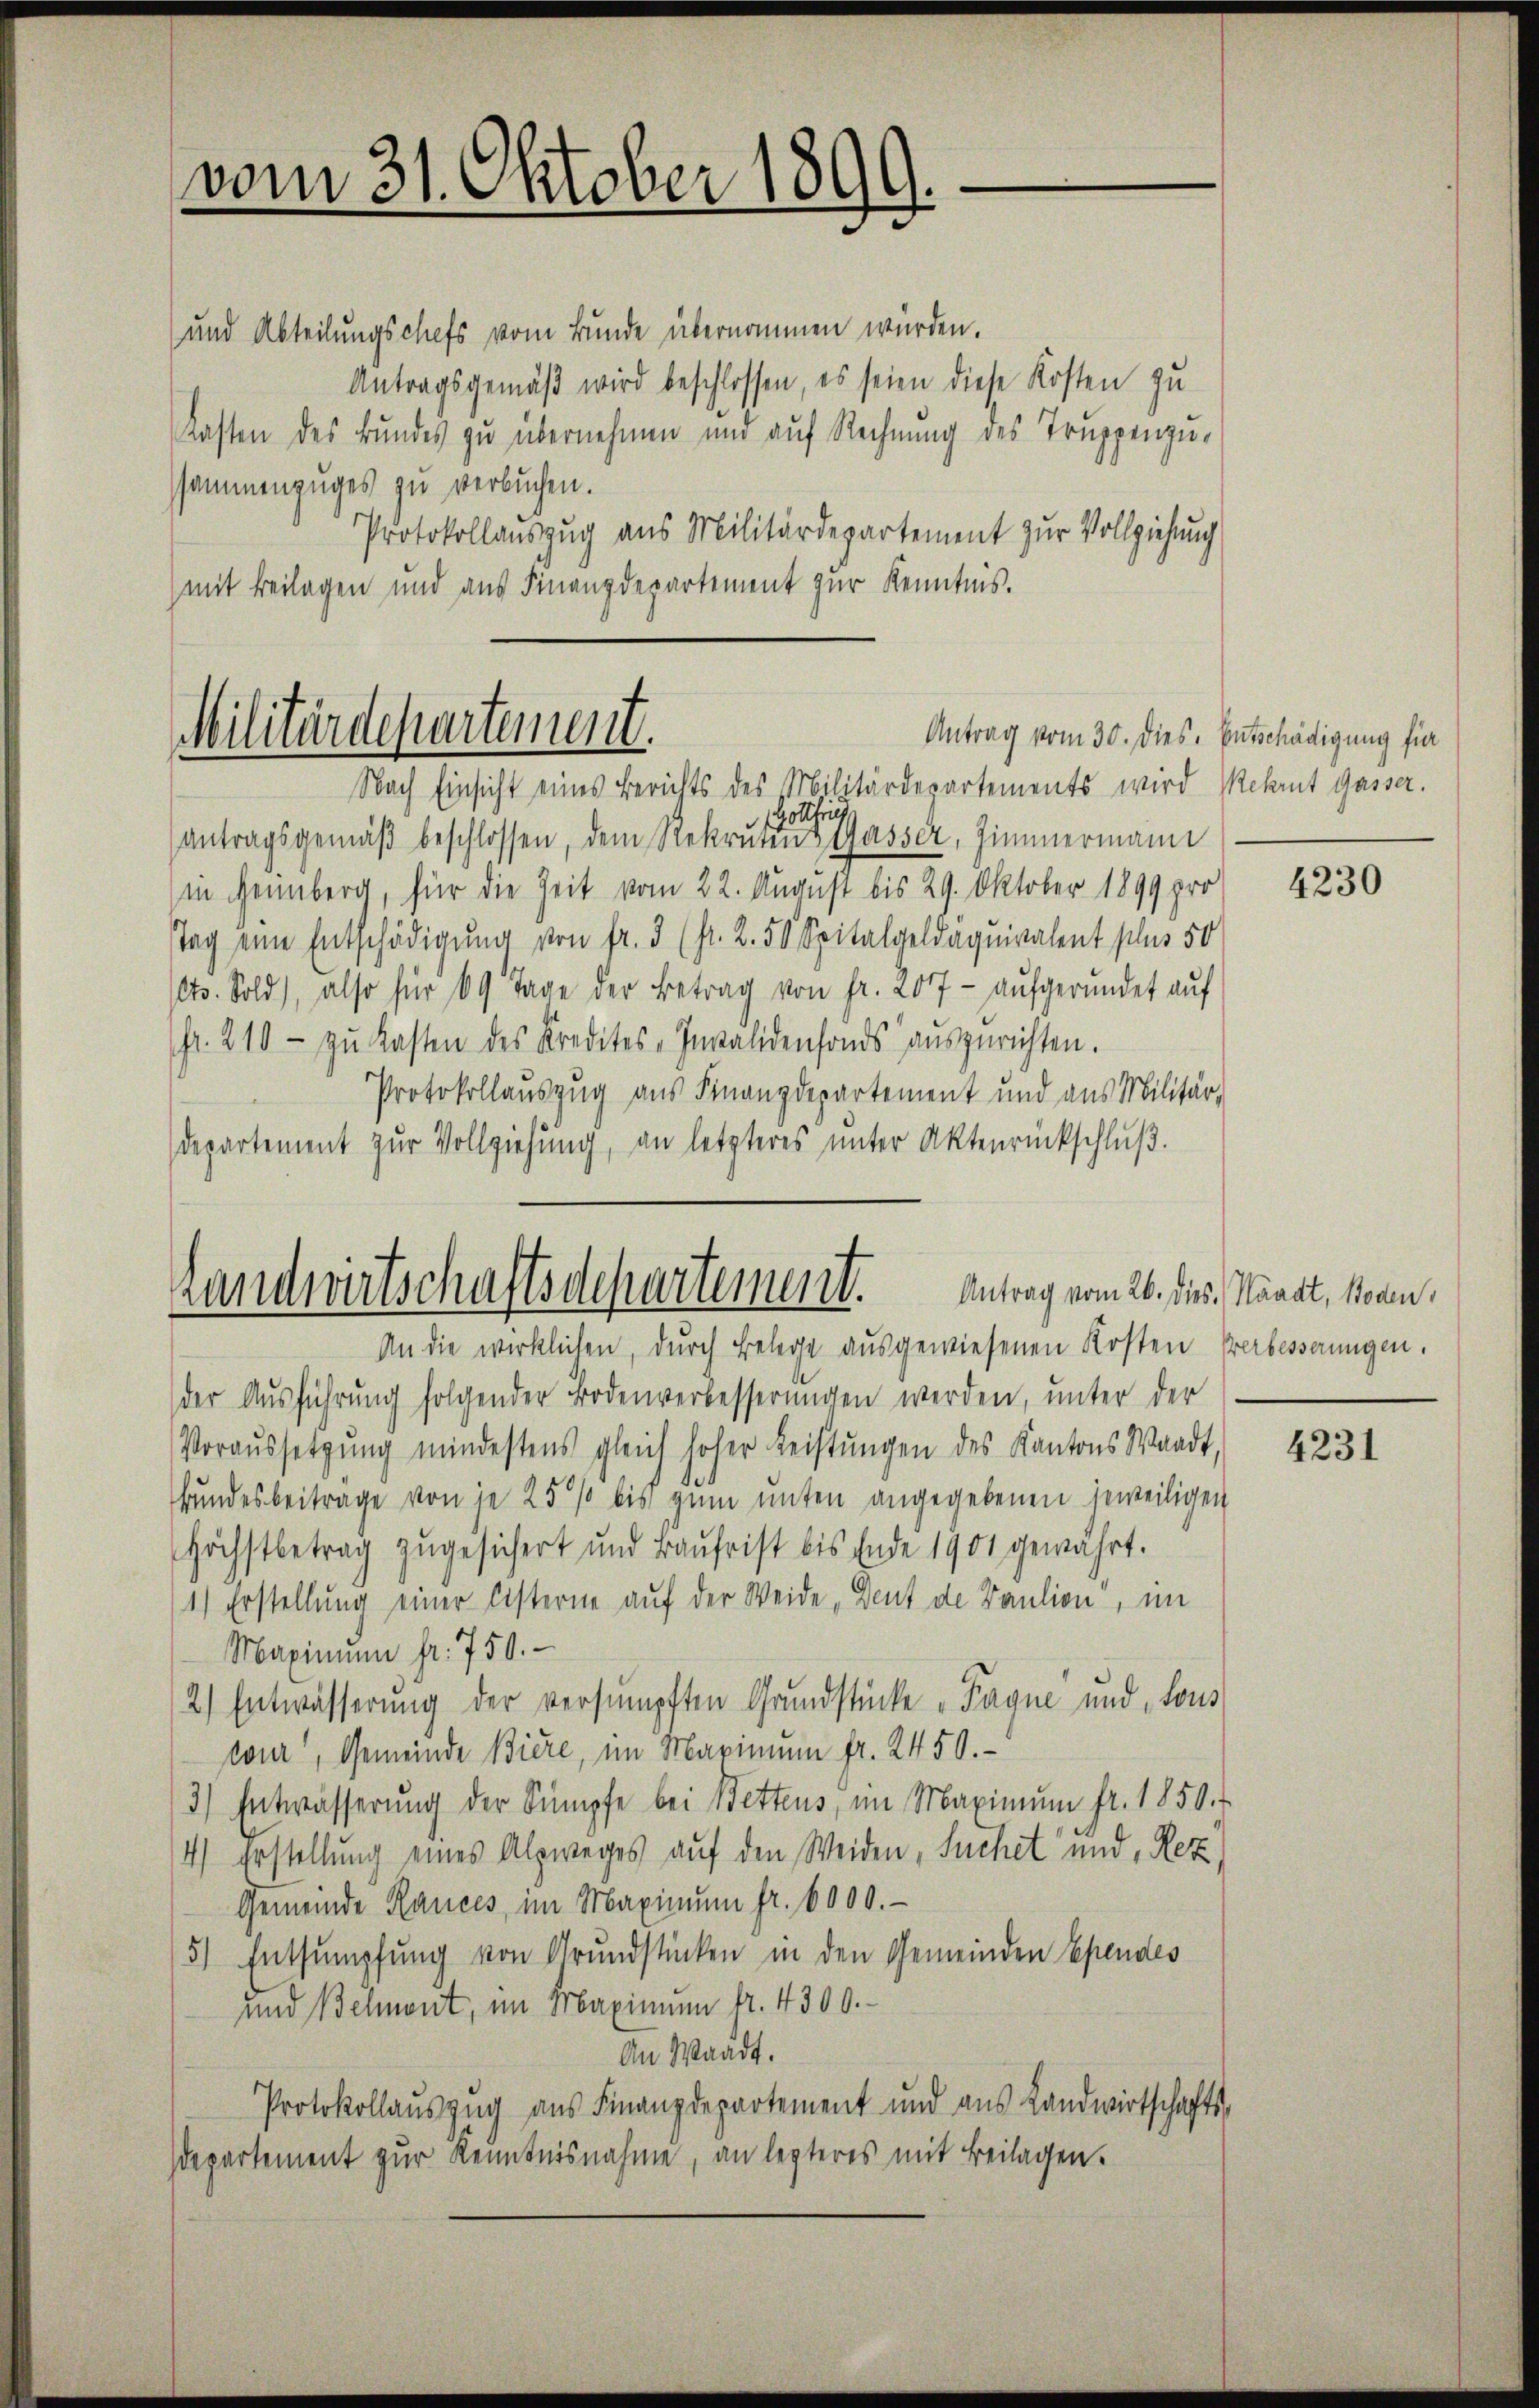
vom 31. Oktober 1899.

und Abteilungschefs vom Bunde übernommen würden.
Antragsgemäß wird beschlossen, es seien diese Kosten zu
Kasten des Bundes zu übernehmen und auf Rechnung des Truppenzussammenzuges zu verbuchen.
Protokollauszug aus Militärdepartement zur Vollziehung
mit Beilagen und aus Finanzdepartement zur Kenntnis.

Militärdepartement.
Antrag vom 30. Dies. Entschädigung für

Nach Einsicht eines Berichts des Militärdepartements wird Rekrut Gasser.
Gottfrie
antragsgemäβ beschlossen, dem Rekruten Gasser, Zimmermann
in genüberg, für die Zeit vom 22. August bis 29. Oktober 1899 pro
Tag eine Entschädigung von fr. 3 (fl. 2. 50 Spitalgeldäquivalent plus 50
Cts. Sold), also für 69 Tage der Betrag von fr. 207 - aufgeründet auf
fr. 210.- zŭ Kasten des Kredites-Invalidenfonds auszurichten.
Protokollauszug aus Finanzdepartement und aus Militär-
departement zur Vollziehung, an letzteres unter Aktenrückschluß.

Landwirtschaftsdepartement.

An die wirklichen, durch Belege ausgewiesenen Kosten Verbesserungen.
der Ausführung folgender Bodenverbesserungen werden, unter der
Voraussetzŭng mindestens gleich hoher Leistŭngen des Kantons Waadt,
Bundesbeitrage von je 25% bis zum unten angegebenen jeweiligen
Höchstbetrag zugesichert und Baŭfrist bis Ende 1901 gewährt.
1) Erstellung einer Esterne auf der Weide „Dent de Baulion, im
Maximŭm fr. 750.
2) Entwässerung der versumpften Grundstücke „Tagne und tous
wour, Gemeinde Biere, im Maximum fr. 2450.
3) Entwässerung der Sumpfe bei Bettens, im Maximum fr. 1850. f
4) gestellung eines Alpweges auf den Weiden, Suchet und Rez
Gemeinde Rances im Maximŭm fr. 6000.
5) Entsumpfung von Grundstücken in den Gemeinden Spendes
und Behnont, im Maximum fr. 4300.-
An Waadt.
Protokollauszug aus Finanzdepartement und aus Landwirtschafts-
Idepartement zur Kenntnisnahme, an lezteres mit Beilagen.

4230

Antrag vom 26. dies, Waadt, Boden,

4231